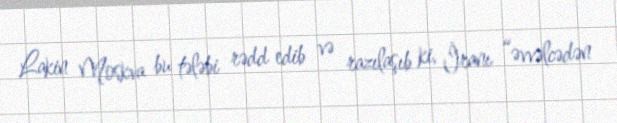
Lakin Moskva bu tələbi rədd edib və razılaşıb ki, İranı “əvvəlcədən